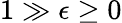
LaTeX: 1\gg\epsilon\ge 0